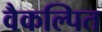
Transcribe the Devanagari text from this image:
वैकल्पित